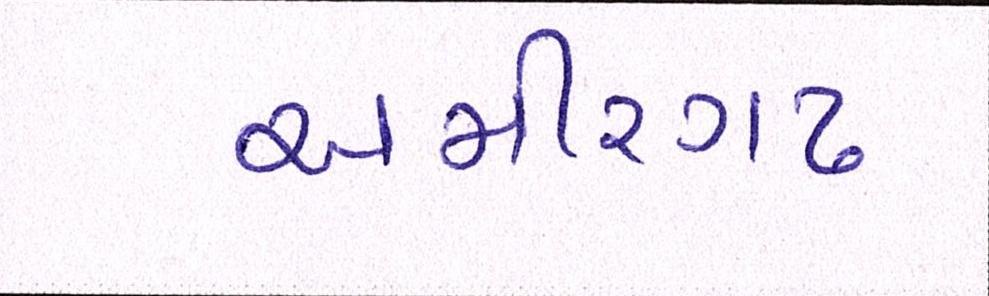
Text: અમીરગઢ